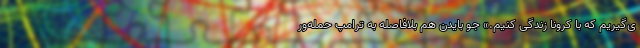
ی‌گیریم که با کرونا زندگی کنیم.» جو بایدن هم بلافاصله به ترامپ حمله‌ور